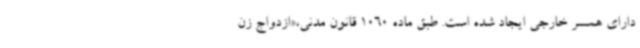
دارای همسر خارجی ایجاد شده است. طبق ماده 1060 قانون مدنی،«ازدواج زن